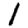
Digit: 1